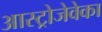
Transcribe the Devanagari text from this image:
आस्ट्रोजेवेका